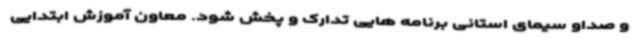
و صداو سیمای استانی برنامه هایی تدارک و پخش شود. معاون آموزش ابتدایی